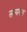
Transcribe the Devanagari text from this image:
सस्यगत